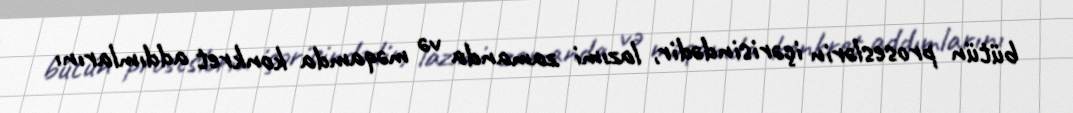
bütün proseslərin içərisindədir, lazımi zamanda və məqamda konkret addımlarını